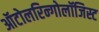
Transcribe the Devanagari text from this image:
ऑटोलरिन्गोलॉजिस्ट